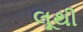
લૂથી